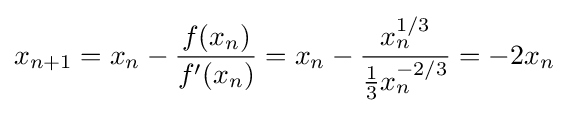
x_{n+1}=x_{n}-{\frac {f(x_{n})}{f'(x_{n})}}=x_{n}-{\frac {x_{n}^{1/3}}{{\frac {1}{3}}x_{n}^{-2/3}}}=-2x_{n}